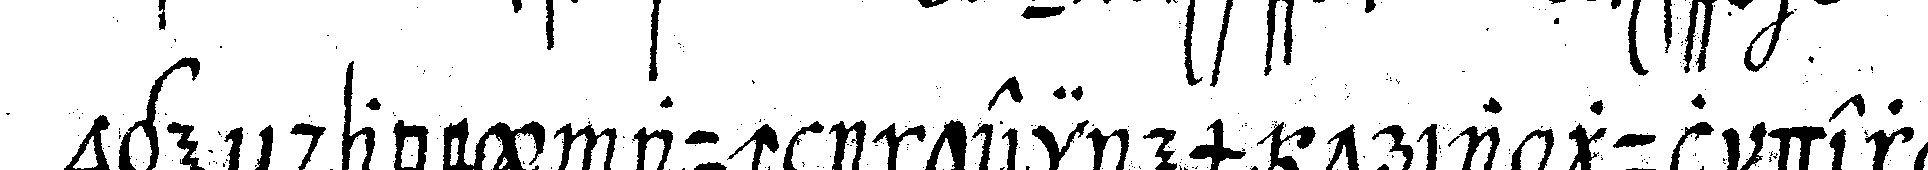
oge dabey auch in einem triangul der